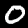
Digit: 0